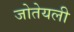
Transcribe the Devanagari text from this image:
जोतेयली